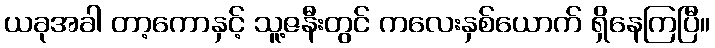
ယခုအခါ တာ့ကောနှင့် သူ့ဇနီးတွင် ကလေးနှစ်ယောက် ရှိနေကြပြီ။